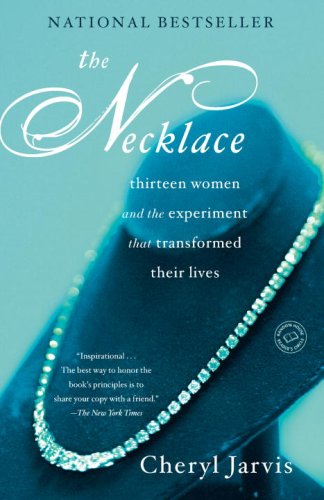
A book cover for The Necklace: Thirteen Women and The Experiment That Transformed Their Lives; Cheryl Jarvis; Self-Help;